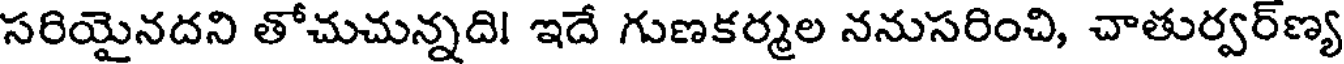
సరియైనదని తోచుచున్నది! ఇదే గుణకర్మల ననుసరించి, చాతుర్వర్ణ్య